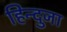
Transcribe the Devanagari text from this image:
हिन्दुजा